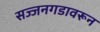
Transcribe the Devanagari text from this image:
सज्जनगडावरून